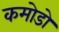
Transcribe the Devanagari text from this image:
कमोडो